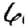
Digit: 6